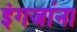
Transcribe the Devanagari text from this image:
इंगजांना